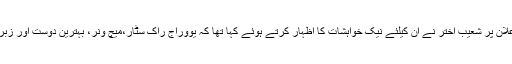
ریٹائرمنٹ کے اعلان پر شعیب اختر نے ان کیلئے نیک خواہشات کا اظہار کرتے ہوئے کہا تھا کہ یووراج راک سٹار،میچ ونر، بہترین دوست اور زبردست جونیئر ہیں۔